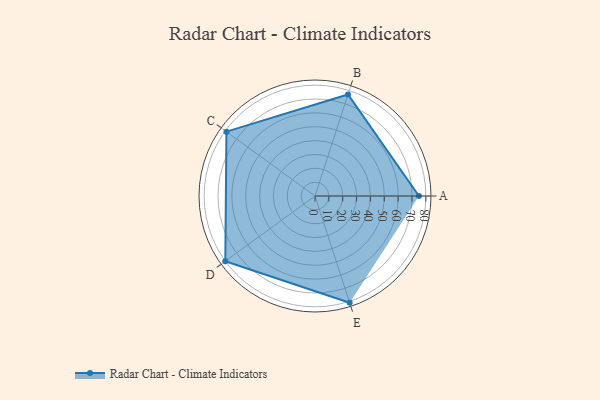
{"axis": {"x": "Skill", "y": "Score"}, "legend": ["Profile"], "data": [{"x": "A", "y": 75.0, "type": "Profile"}, {"x": "B", "y": 77.0, "type": "Profile"}, {"x": "C", "y": 79.0, "type": "Profile"}, {"x": "D", "y": 80.0, "type": "Profile"}, {"x": "E", "y": 81.0, "type": "Profile"}]}